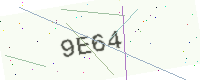
Text: 9E64